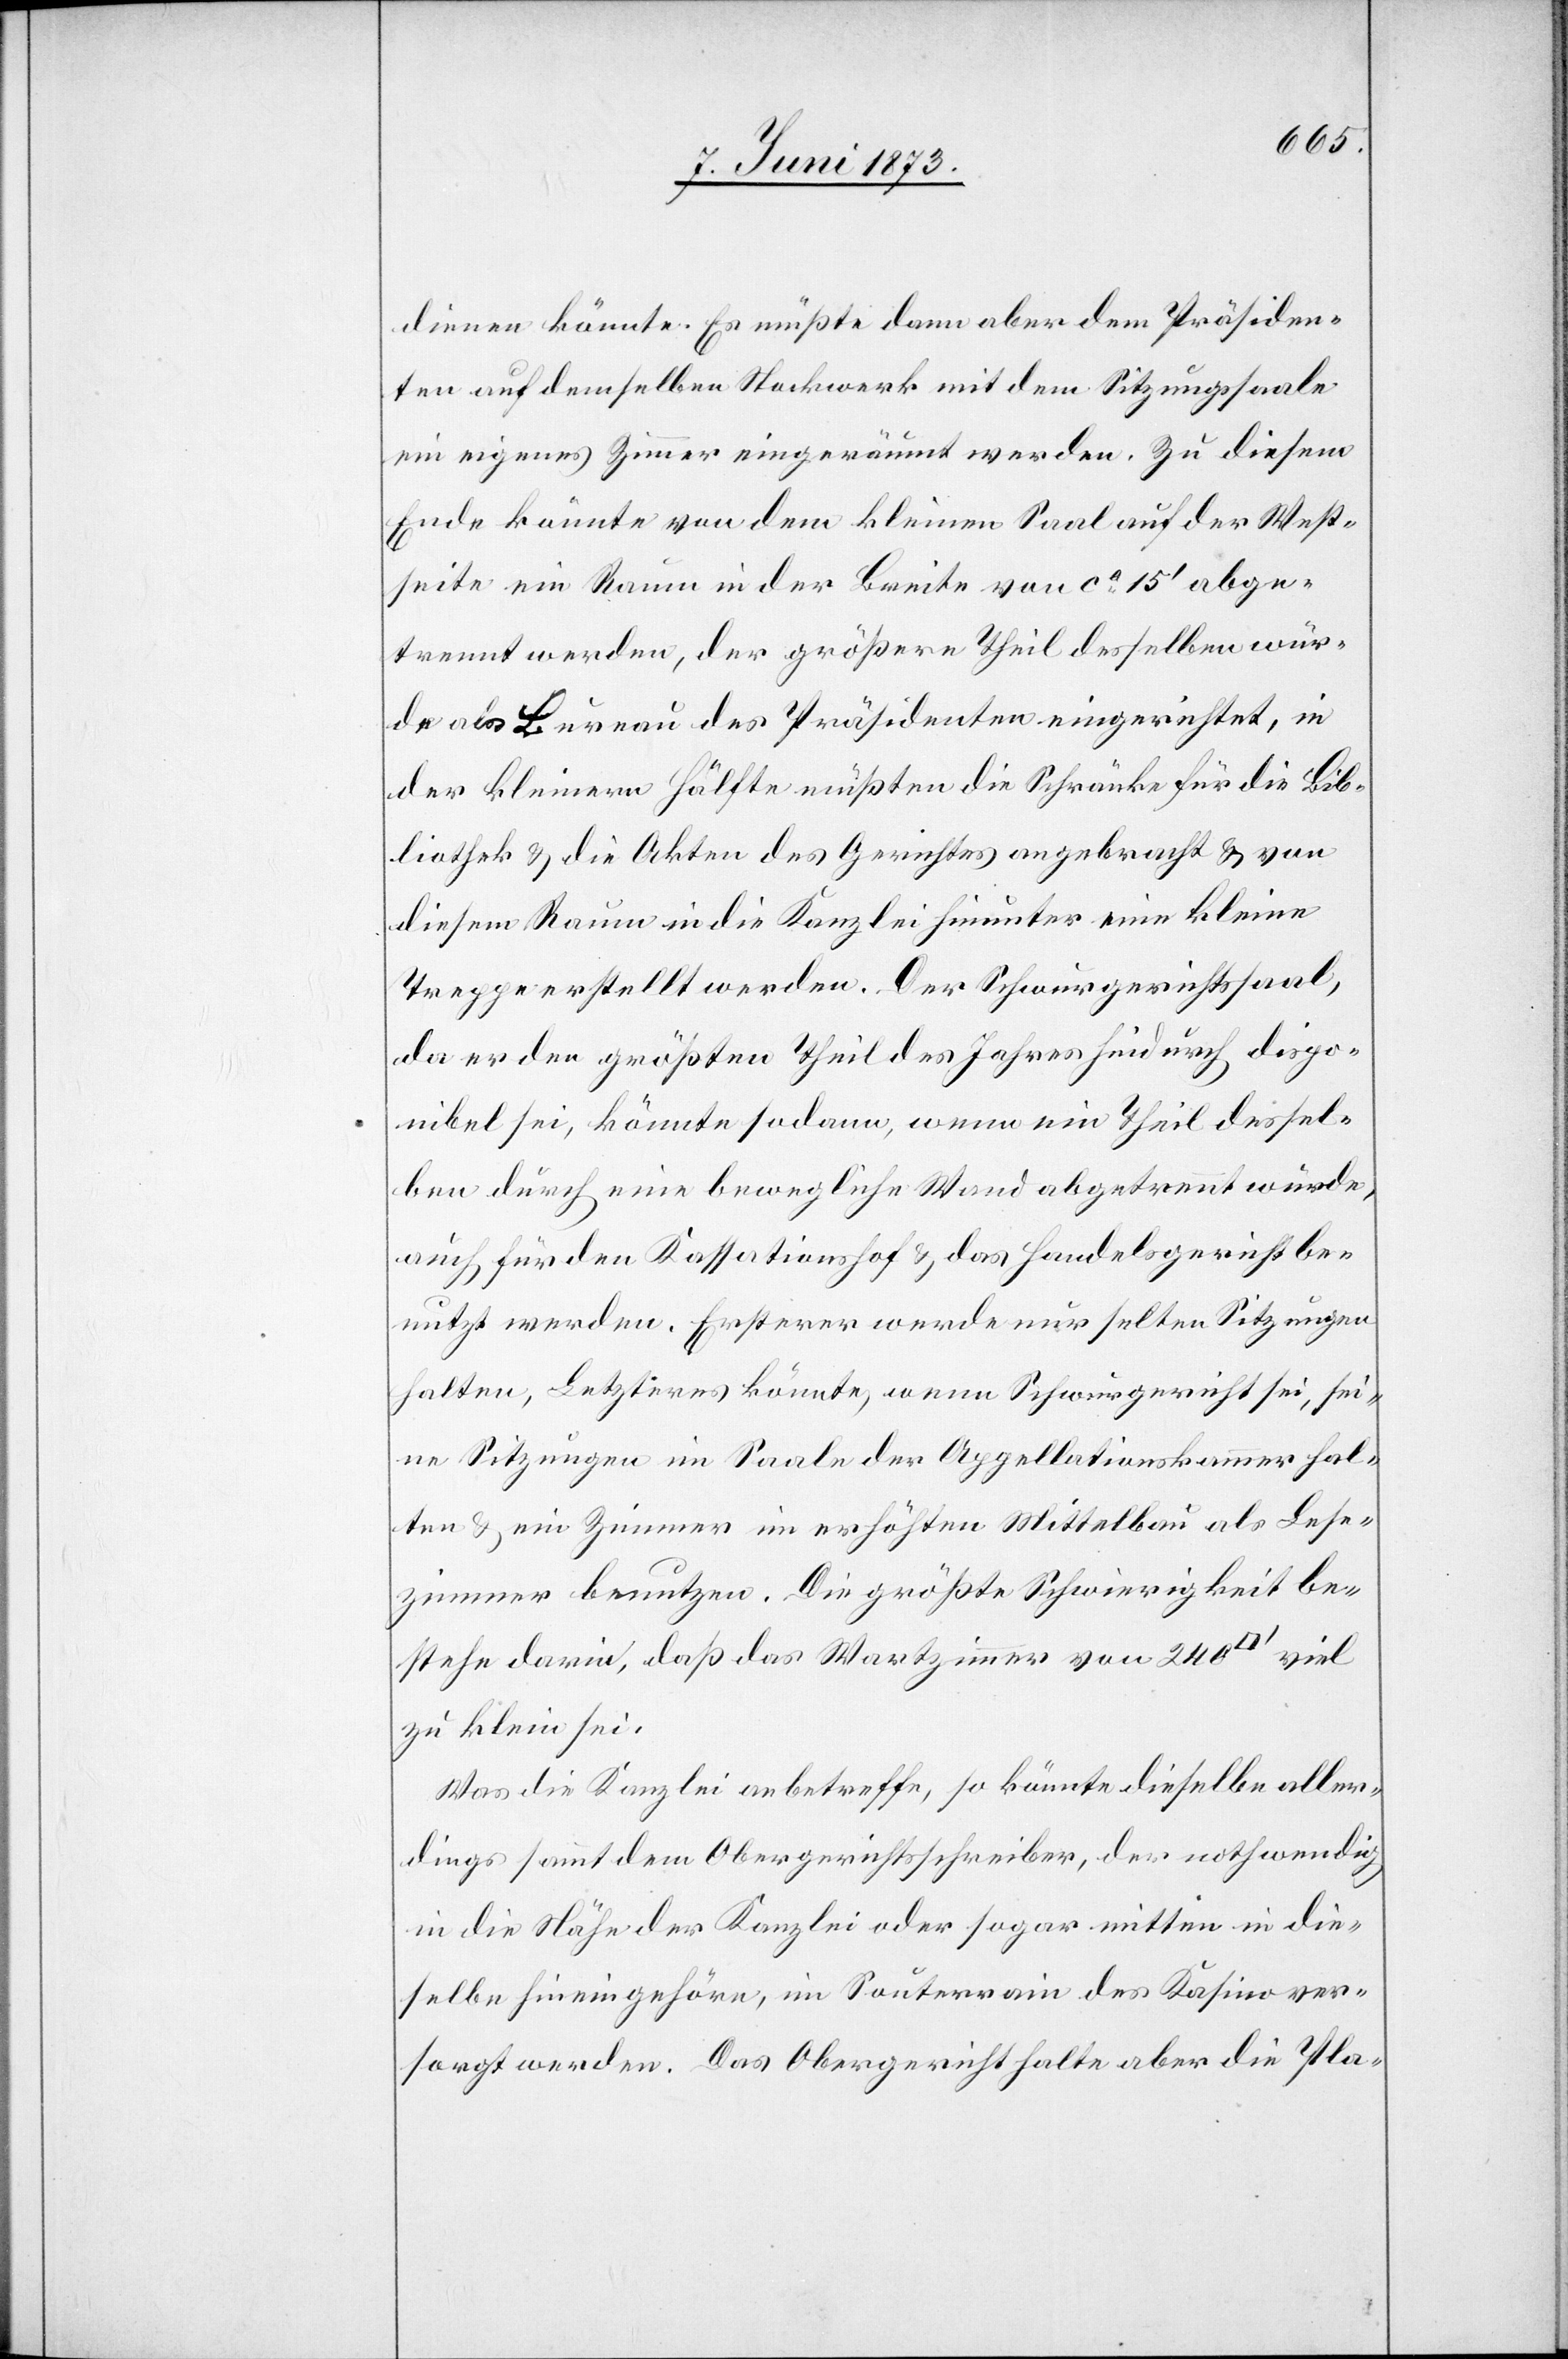
dienen könnte. Es müßte dann aber dem Präsiden¬
ten auf demselben Stockwerk mit dem Sitzungssaale
ein eigenes Zimmer eingeräumt werden. Zu diesem
Ende könnte von dem kleinen Saal auf der West¬
seite ein Raum in der Breite von ca 150‘ abge¬
trennt werden, der größere Theil desselben wür¬
de als Bureau des Präsidenten eingerichtet, in
der kleinern Hälfte müßten die Schränke für die Bib¬
liothek & die Akten des Gerichtes angebracht & von
diesem Raum in die Kanzlei hinunter eine kleine
Treppe erstellt werden. Der Schwurgerichtssaal,
da er den größten Theil des Jahres hindurch dispo¬
nibel sei, könnte sodann, wenn ein Theil dessel¬
ben durch eine bewegliche Wand abgetrennt würde,
auch für den Kassationshof & das Handelsgericht be¬
nutzt werden. Ersterer werde nur selten Sitzungen
halten, Letzteres könnte, wenn Schwurgericht sei, sei¬
ne Sitzungen im Saale der Appellationskammer hal¬
ten & ein Zimmer im erhöhten Mittelbau als Lese¬
zimmer benutzen. Die größte Schwierigkeit be¬
stehe darin, daß das Wartzimmer von 240
zu klein sei.
Was die Kanzlei anbetreffe, so könnte dieselbe aller¬
dings sammt dem Obergerichtsschreiber, der nothwendig
in die Nähe der Kanzlei oder sogar mitten in die¬
selbe hineingehöre, im Souterrain des Kasino ver¬
sorgt werden. Das Obergericht halte aber die Pla-